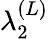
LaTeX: \lambda_{2}^{(L)}